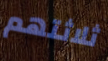
ثلاثتهم